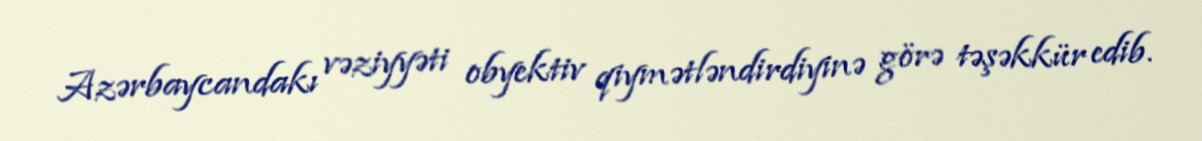
Azərbaycandakı vəziyyəti obyektiv qiymətləndirdiyinə görə təşəkkür edib.